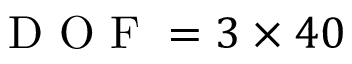
\mathrm { ~ D ~ O ~ F ~ } = 3 \times 4 0